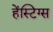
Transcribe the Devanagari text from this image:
हेंस्टिग्स